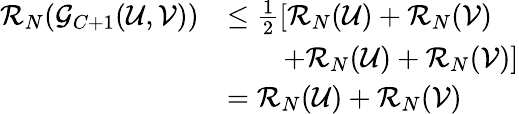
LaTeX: \begin{array}{rl}{\mathcal{R}_{N}(\mathcal{G}_{C+1}(\mathcal{U},\mathcal{V}))}&{\leq\frac{1}{2}\left[\mathcal{R}_{N}(\mathcal{U})+\mathcal{R}_{N}(\mathcal{V})\right.}\\ &{\qquad\left.+\mathcal{R}_{N}(\mathcal{U})+\mathcal{R}_{N}(\mathcal{V})\right]}\\ &{=\mathcal{R}_{N}(\mathcal{U})+\mathcal{R}_{N}(\mathcal{V})}\end{array}